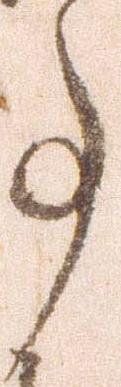
事